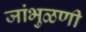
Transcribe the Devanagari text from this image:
जांभुळणी